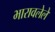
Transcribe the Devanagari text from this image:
भारावलेले